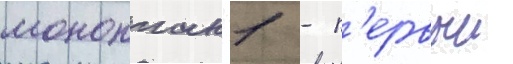
моноплан -1 - п'ервыи